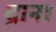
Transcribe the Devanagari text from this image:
द्राना